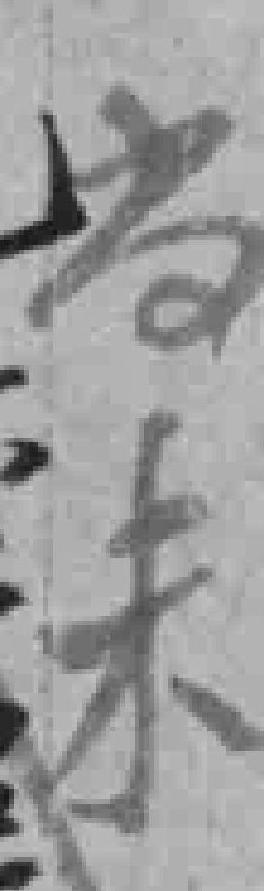
尚未